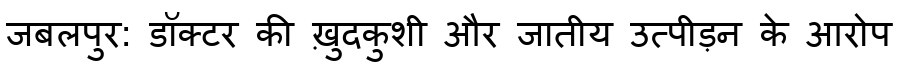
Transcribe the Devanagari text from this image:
जबलपुर: डॉक्टर की ख़ुदकुशी और जातीय उत्पीड़न के आरोप